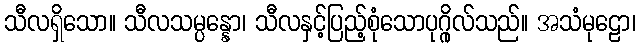
သီလရှိသော။ သီလသမ္ပန္နော၊ သီလနှင့်ပြည့်စုံသောပုဂ္ဂိုလ်သည်။ အသံမုဠော၊